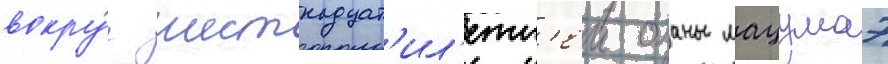
вокру́г шестнадцат'ил'етн'еи оханы мацумаэ